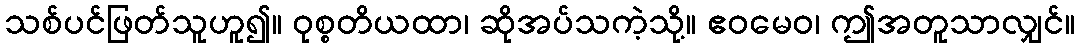
သစ်ပင်ဖြတ်သူဟူ၍။ ဝုစ္စတိယထာ၊ ဆိုအပ်သကဲ့သို့။ ဧဝမေဝ၊ ဤအတူသာလျှင်။